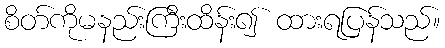
စိတ်ကိုမနည်းကြီးထိန်း၍ ထားရပြန်သည်။